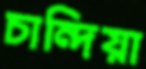
চান্দিয়া